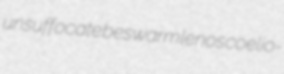
unsuffocate beswarm lenos coelio-